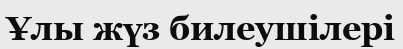
Ұлы жүз билеушілері